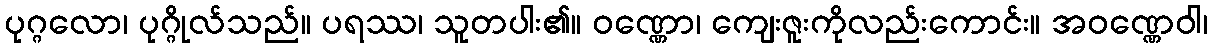
ပုဂ္ဂလော၊ ပုဂ္ဂိုလ်သည်။ ပရဿ၊ သူတပါး၏။ ဝဏ္ဏော၊ ကျေးဇူးကိုလည်းကောင်း။ အဝဏ္ဏေဝါ၊